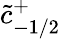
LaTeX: \tilde{c}_{-1/2}^{+}